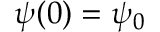
\psi ( 0 ) = \psi _ { 0 }